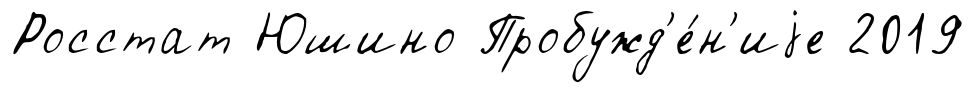
Росстат Юшино Пробужд'е́н'иjе 2019